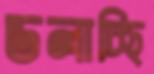
ডলাচ্ছি